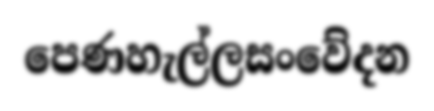
පෙණහැල්ලසංවේදන